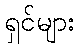
ရှင်များ